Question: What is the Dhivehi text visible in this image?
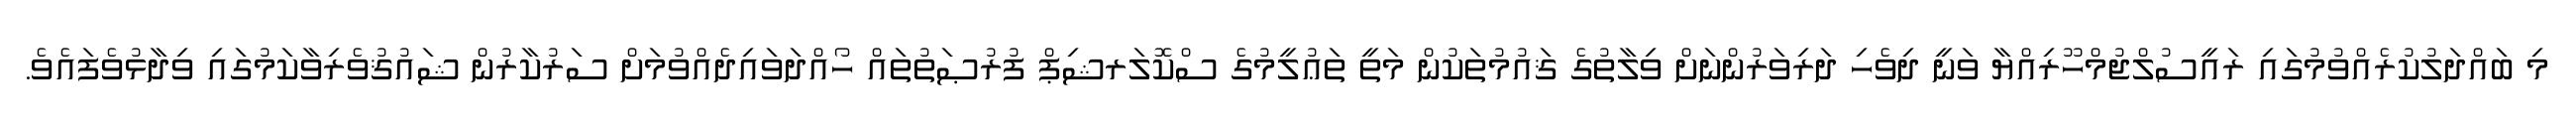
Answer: މި ބައްދަލުކުރެއްވުމުގައި ރައީސުލްޖުމްހޫރިއްޔާ ވަނީ ދިވެހި ދަރިވަރުންނަށް ވިލާތުގެ ޤައުމުތަކުން މަތީ ތަޢުލީމުގެ ސްކޮލަރޝިޕް ފުރުޞަތުތައް ހޯއްދަވައިދެއްވުމަށް ސަރުކާރުން ޝައުޤުވެރިވާކަމުގައި ވިދާޅުވެފައެވެ.